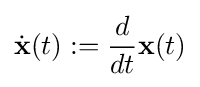
{\dot {\mathbf {x} }}(t):={\frac {d}{dt}}\mathbf {x} (t)